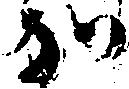
か